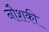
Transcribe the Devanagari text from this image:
नौशकी